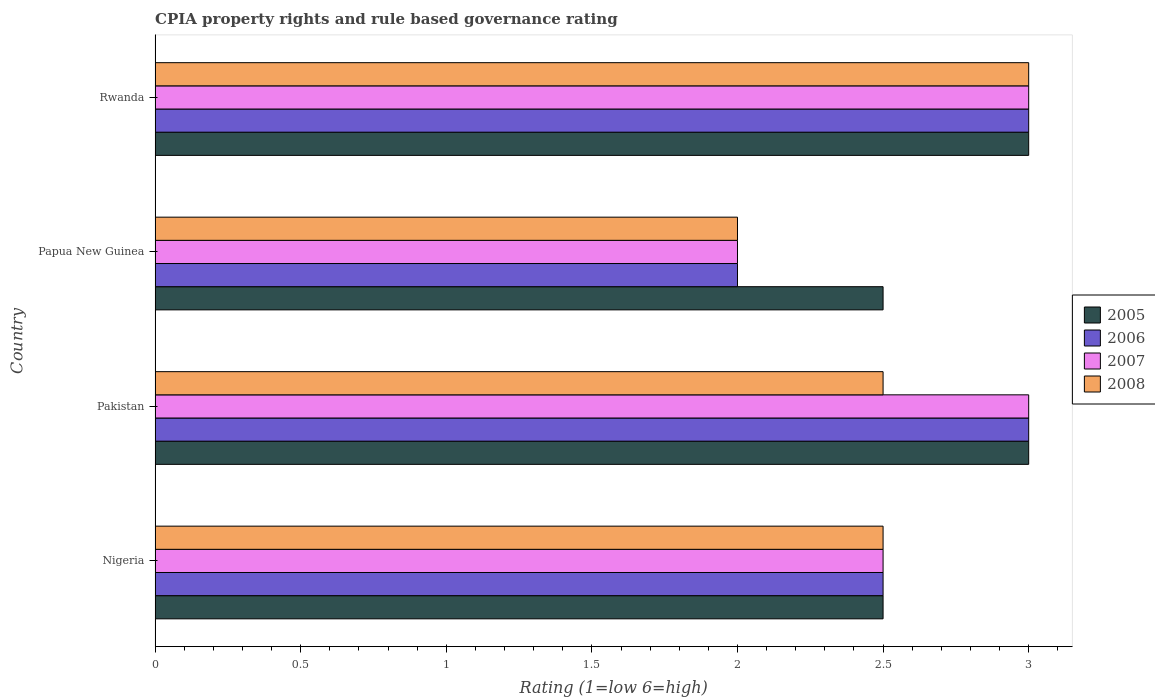
| Country | 2005 | 2006 | 2007 | 2008 |
 | --- | --- | --- | --- | --- |
 | Nigeria | 2.5 | 2.5 | 2.5 | 2.5 |
 | Pakistan | 3 | 3 | 3 | 2.5 |
 | Papua New Guinea | 2.5 | 2 | 2 | 2 |
 | Rwanda | 3 | 3 | 3 | 3 |